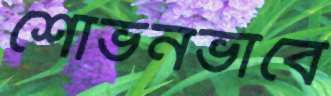
শোভনভাবে